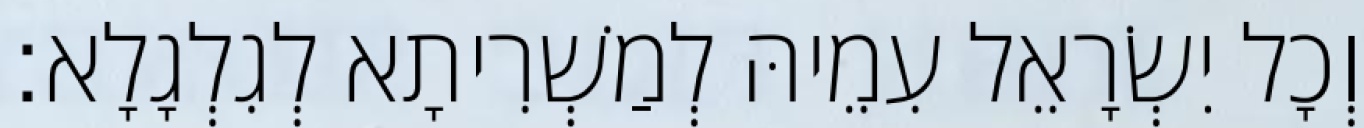
וְכָל יִשְׂרָאֵל עִמֵיהּ לְמַשְׁרִיתָא לְגִלְגָלָא׃